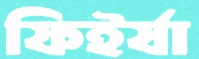
ফিইর্যা